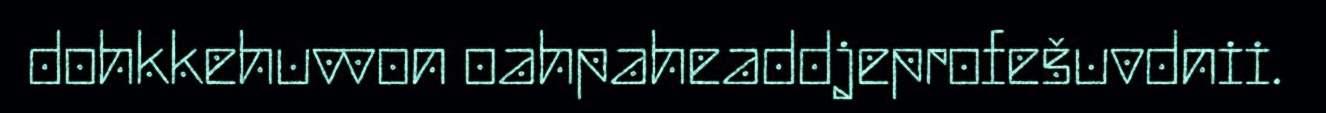
dohkkehuvvon oahpaheaddjeprofešuvdnii.